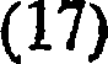
(17)